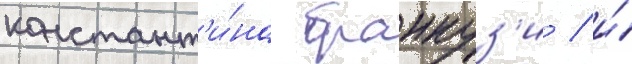
констант'и́на бранкуз'и / и́